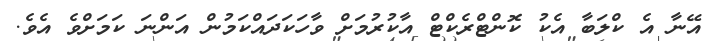
އޭނާ އެ ކްލަބާ އެކު ކޮންޓްރެކްޓް އާކުރުމަށް ވާހަކަދައްކަމުން އަންނަ ކަމަށްވެ އެވެ.